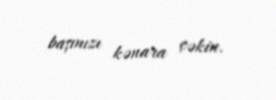
başınızı kənara çəkin.